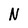
Character: N